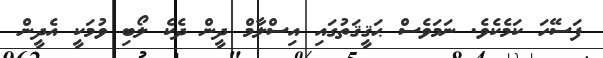
ފަސޭހަ ކަމެކެވެ. ނަމަވެސް ޙަޤީޤަތުގައި އިސްލާމް ދީން ދެކެ ލޯބި ވުމަކީ އެދީން